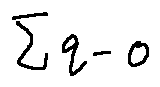
\sum q - o